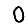
Digit: 0